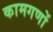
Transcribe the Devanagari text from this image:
कामगणों